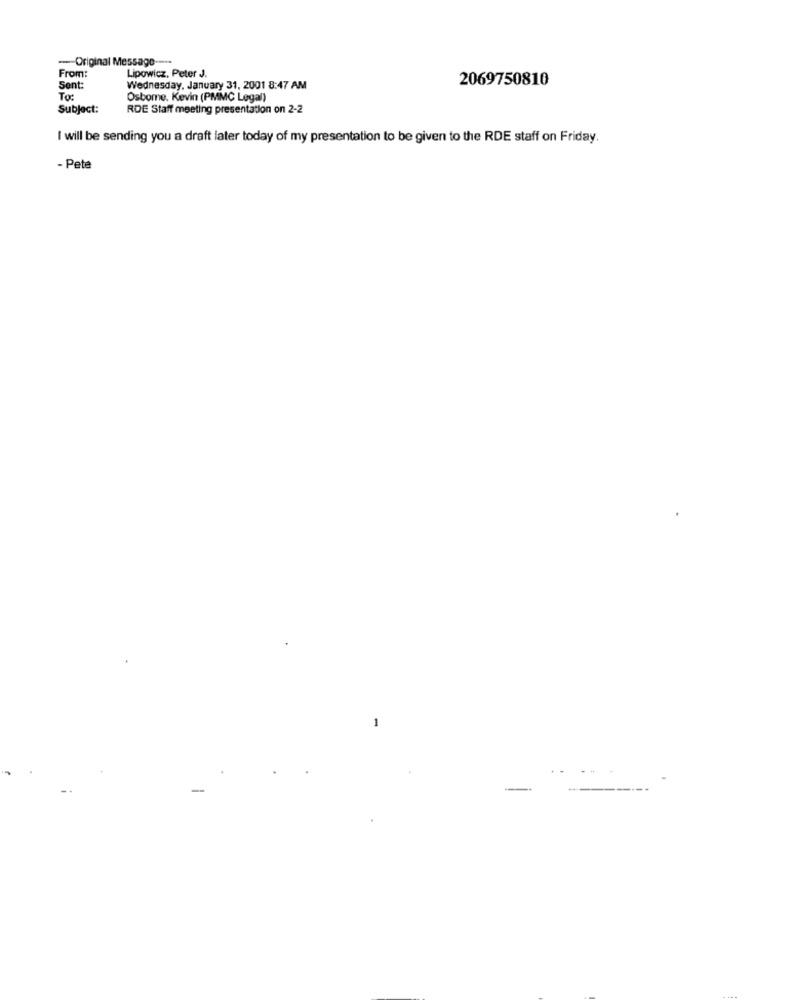
-Original Message ----
Lipowicz, Peter J.
From:
2069750810
Sent:
Wednesday, January 31, 2001 8:47 AM
To:
Osbome. Kevin (PMMC Legal)
Subject:
RDE Staff meeting presentation on 2-2
I will be sending you a draft later today of my presentation to be given to the RDE staff on Friday.
- Pete
-